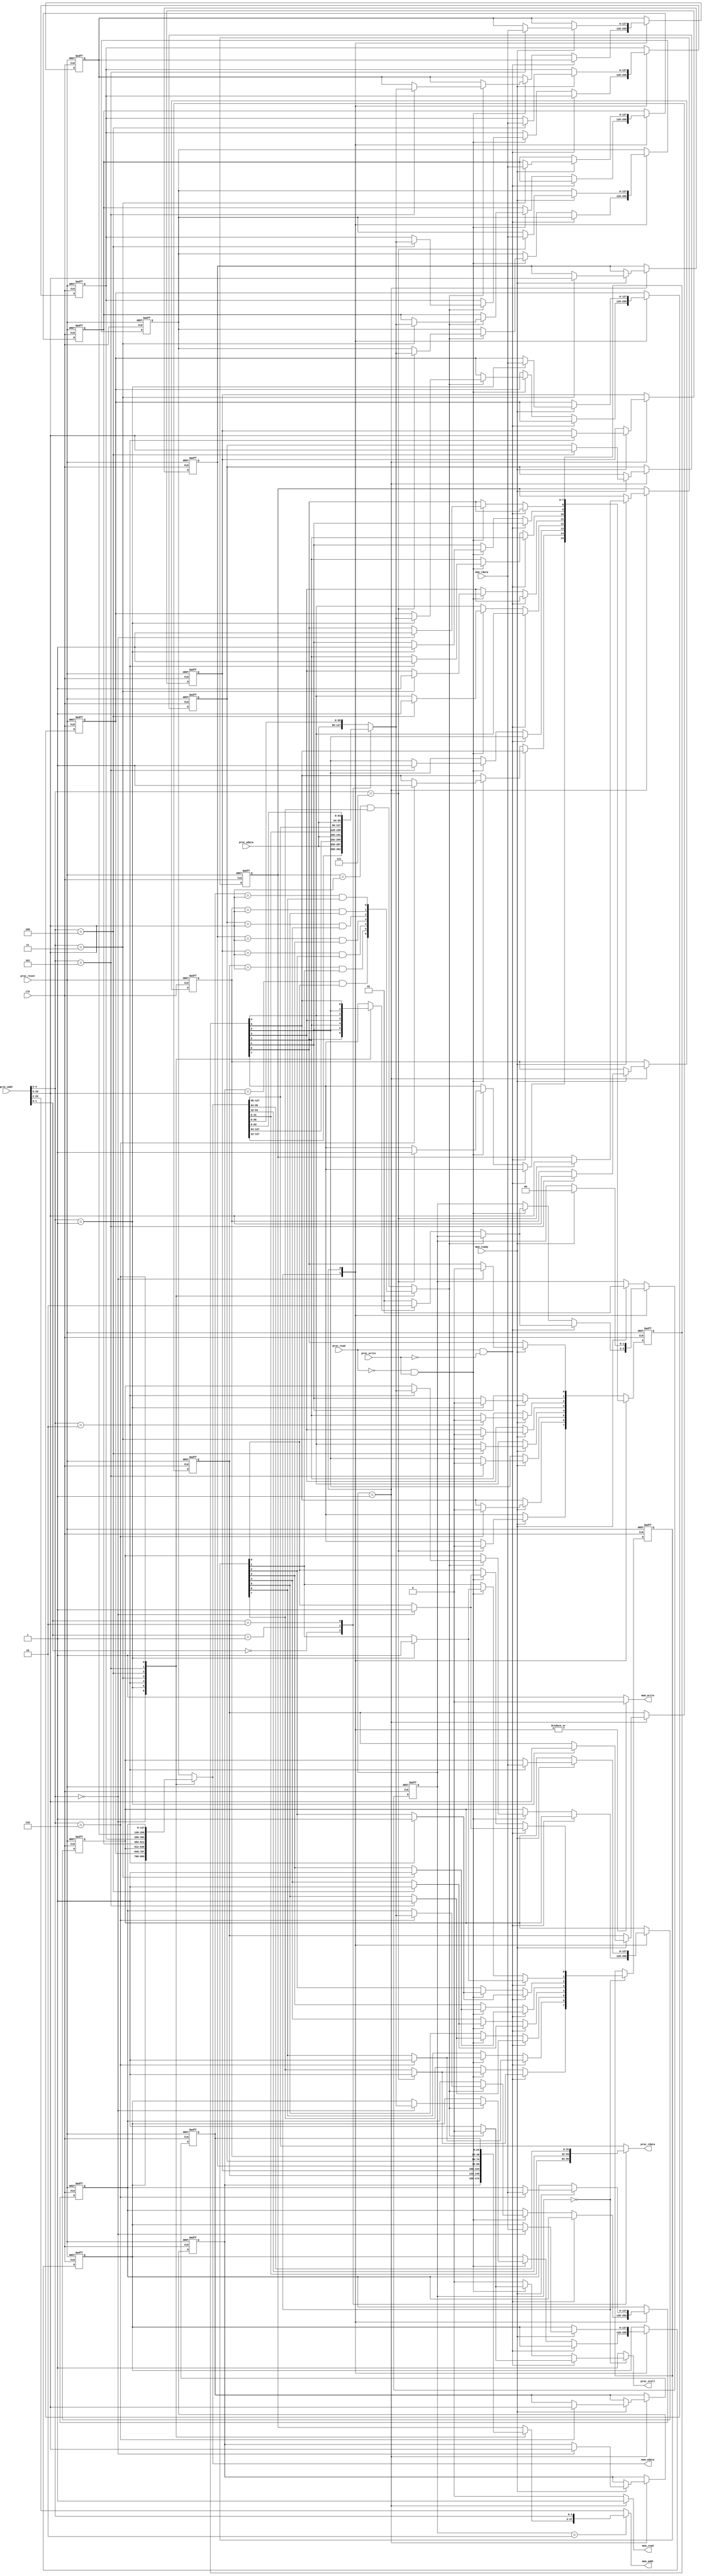
module cache(
    clk,
    proc_reset,
    proc_read,
    proc_write,
    proc_addr,
    proc_wdata,
    proc_stall,
    proc_rdata,
    mem_read,
    mem_write,
    mem_addr,
    mem_rdata,
    mem_wdata,
    mem_ready
);
    
//==== input/output definition ============================
    input          clk;
    // processor interface
    input          proc_reset;
    input          proc_read, proc_write;
    input   [29:0] proc_addr;
    input   [31:0] proc_wdata;
    output         proc_stall;
    output  [31:0] proc_rdata;
    // memory interface
    input  [127:0] mem_rdata;
    input          mem_ready;
    output         mem_read, mem_write;
    output  [27:0] mem_addr;
    output [127:0] mem_wdata;
//====parameters===========================================
	integer i;
//==== wire/reg definition ================================
	reg[1:0] state_w,state_r;
	reg[127:0] block_w[7:0];
	reg[127:0] block_r[7:0];
	reg[24:0] tag_w[7:0];
	reg[24:0] tag_r[7:0];
	reg[7:0] dirty_w,dirty_r;
	reg[7:0] valid_w,valid_r;

	wire[1:0] offset;
	wire[2:0] index;
	wire[24:0] tag;
/*	wire[127:0] d0;
	wire[127:0] d1;
	wire[127:0] d2;
	wire[127:0] d3;
	wire[127:0] d4;
	wire[127:0] d5;
	wire[127:0] d6;
	wire[127:0] d7;*/

	reg[127:0] rdata,wdata;
	reg[31:0] data;
	reg[24:0] tagr;
	reg hit;
	reg dirty;

	reg read,write;

	reg[27:0] address;
	reg[127:0] data2mem;

	reg stall;
//==== combinational circuit ==============================
	assign offset = proc_addr[1:0];
	assign index = proc_addr[4:2];
	assign tag = proc_addr[29:5];

	assign proc_stall = stall;
	assign proc_rdata = data;
	assign mem_addr = address;
	assign mem_wdata = data2mem;
	assign mem_read = read;
	assign mem_write = write;
/*	assign d0 = block_r[0];
	assign d1 = block_r[1];
	assign d2 = block_r[2];
	assign d3 = block_r[3];
	assign d4 = block_r[4];
	assign d5 = block_r[5];
	assign d6 = block_r[6];
	assign d7 = block_r[7];*/

	always@(*) begin//hit
		case(index)
			3'd0: hit = (tag_r[0] == tag) && valid_r[0];
			3'd1: hit = (tag_r[1] == tag) && valid_r[1];
			3'd2: hit = (tag_r[2] == tag) && valid_r[2];
			3'd3: hit = (tag_r[3] == tag) && valid_r[3];
			3'd4: hit = (tag_r[4] == tag) && valid_r[4];
			3'd5: hit = (tag_r[5] == tag) && valid_r[5];
			3'd6: hit = (tag_r[6] == tag) && valid_r[6];
			default: hit = (tag_r[7] == tag) && valid_r[7];
		endcase

		case(index)
			3'd0: tagr = tag_r[0];
			3'd1: tagr = tag_r[1];
			3'd2: tagr = tag_r[2];
			3'd3: tagr = tag_r[3];
			3'd4: tagr = tag_r[4];
			3'd5: tagr = tag_r[5];
			3'd6: tagr = tag_r[6];
			default: tagr = tag_r[7];
		endcase

		case(index)
			3'd0: rdata = block_r[0];
			3'd1: rdata = block_r[1];
			3'd2: rdata = block_r[2];
			3'd3: rdata = block_r[3];
			3'd4: rdata = block_r[4];
			3'd5: rdata = block_r[5];
			3'd6: rdata = block_r[6];
			default: rdata = block_r[7];
		endcase

		case(index)
			3'd0: dirty = dirty_r[0];
			3'd1: dirty = dirty_r[1];
			3'd2: dirty = dirty_r[2];
			3'd3: dirty = dirty_r[3];
			3'd4: dirty = dirty_r[4];
			3'd5: dirty = dirty_r[5];
			3'd6: dirty = dirty_r[6];
			default: dirty = dirty_r[7];
		endcase

		case(offset)
			2'd0: begin
				wdata = {{rdata[127:32]},proc_wdata};
				data = rdata[31:0];
			end
			2'd1: begin
				wdata = {{rdata[127:64]},proc_wdata,{rdata[31:0]}};
				data = rdata[63:32];
			end
			2'd2: begin 
				wdata = {{rdata[127:96]},proc_wdata,{rdata[63:0]}};
				data = rdata[95:64];
			end
			default: begin 
				wdata = {proc_wdata,{rdata[95:0]}};
				data = rdata[127:96];
			end
		endcase
	end

	always@(*) begin	
		case(state_r)
			2'd1: begin
				address = {tag,index};
				data2mem = rdata;
			end
			2'd2: begin
				address = {tagr,index};
				data2mem = rdata;
			end
			default: begin	
				address = {tag,index};
				data2mem = rdata;
			end
		endcase
	end

	always@(*) begin//state transition
	case(state_r)
		2'd0: begin
			read = 1'b0;
			write = 1'b0;
			for(i = 0; i < 8; i = i + 1)
				tag_w[i] = tag_r[i];
			if(proc_read && !proc_write) begin
				for(i = 0; i < 8; i = i + 1) begin
					block_w[i] = block_r[i];
					if(index == i) begin
						dirty_w[i] = dirty_r[i];
						valid_w[i] = 1'b1;
					end
					else begin
						dirty_w[i] = dirty_r[i];
						valid_w[i] = valid_r[i];
					end
				end
				if(hit) begin
					stall = 1'b0;
					state_w = state_r;
				end
				else begin
					stall = 1'b1;
					if(dirty) begin
						state_w = 2'd2;
					end
					else begin
						state_w = 2'd1;
					end
				end
			end
			else if(!proc_read && proc_write) begin
				for(i = 0; i < 8; i = i + 1) begin
					if(index == i) begin
						dirty_w[i] = 1'b1;
						valid_w[i] = 1'b1;
					end
					else begin
						dirty_w[i] = dirty_r[i];
						valid_w[i] = valid_r[i];
					end
				end

				if(hit) begin
					stall = 1'b0;
					state_w = state_r;
					for(i = 0; i < 8; i = i + 1) begin
						if(index == i)
							block_w[i] = wdata;
						else
							block_w[i] = block_r[i];
					end
				end
				else begin
					stall = 1'b1;
					for(i = 0; i < 8; i = i + 1)
						block_w[i] = block_r[i];
					if(dirty)
						state_w = 2'd2;
					else
						state_w = 2'd1;
				end
			end
			else begin
				state_w = state_r;
				for(i = 0; i < 8; i = i + 1) begin
					block_w[i] = block_r[i];
					tag_w[i] = tag_r[i];
				end
				dirty_w = dirty_r;
				valid_w = valid_r;
				stall = 1'b0;
			end
		end
		2'd1: begin
			read = 1'b1;
			write = 1'b0;
			dirty_w = dirty_r;
			valid_w = valid_r;
			stall = 1'd1;
			if(mem_ready) begin
				for(i = 0; i < 8; i = i + 1) begin
					if(index == i) begin
						block_w[i] = mem_rdata;
						tag_w[i] = tag;
					end
					else begin
						block_w[i] = block_r[i];
						tag_w[i] = tag_r[i];
					end
				end
				state_w = 2'd0;
			end
			else begin
				state_w = state_r;
				for(i = 0; i < 8; i = i + 1) begin
					block_w[i] = block_r[i];
					tag_w[i] = tag_r[i];
				end
			end
		end
		default: begin
			read = 1'b0;
			write = 1'b1;
			stall = 1'b1;
			for(i = 0; i < 8; i = i + 1) begin
				block_w[i] = block_r[i];
				tag_w[i] = tag_r[i];
			end
			valid_w = valid_r;
			if(mem_ready) begin
				for(i = 0; i < 8; i = i + 1) begin
					if(index == i) 
						dirty_w[i] = 1'b0;
					else
						dirty_w[i] = dirty_r[i];
				end
				state_w = 2'd1;
			end
			else begin
				dirty_w = dirty_r;
				state_w = state_r;
			end
		end
	endcase
	end
//==== sequential circuit =================================
always@( posedge clk or posedge proc_reset ) begin
    if( proc_reset ) begin
		state_r <= 2'd0;
		block_r[0] <= 128'd0;
		block_r[1] <= 128'd0;
		block_r[2] <= 128'd0;
		block_r[3] <= 128'd0;
		block_r[4] <= 128'd0;
		block_r[5] <= 128'd0;
		block_r[6] <= 128'd0;
		block_r[7] <= 128'd0;
		tag_r[0] <= 25'd0;
		tag_r[1] <= 25'd0;
		tag_r[2] <= 25'd0;
		tag_r[3] <= 25'd0;
		tag_r[4] <= 25'd0;
		tag_r[5] <= 25'd0;
		tag_r[6] <= 25'd0;
		tag_r[7] <= 25'd0;
		dirty_r <= 8'd0;
		valid_r <= 8'd0;
    end
    else begin
    	state_r <= state_w;
		block_r[0] <= block_w[0];
		block_r[1] <= block_w[1];
		block_r[2] <= block_w[2];
		block_r[3] <= block_w[3];
		block_r[4] <= block_w[4];
		block_r[5] <= block_w[5];
		block_r[6] <= block_w[6];
		block_r[7] <= block_w[7];
		tag_r[0] <= tag_w[0];
		tag_r[1] <= tag_w[1];
		tag_r[2] <= tag_w[2];
		tag_r[3] <= tag_w[3];
		tag_r[4] <= tag_w[4];
		tag_r[5] <= tag_w[5];
		tag_r[6] <= tag_w[6];
		tag_r[7] <= tag_w[7];
		dirty_r <= dirty_w;
		valid_r <= valid_w;
    end
end

endmodule